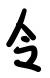
令